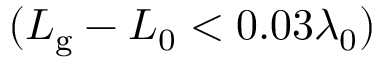
( L _ { \mathrm { g } } - L _ { 0 } < 0 . 0 3 \lambda _ { 0 } )